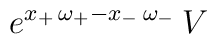
e^{x_{+}\, \omega_{+} - x_{-}\,\omega_{-}} \, V